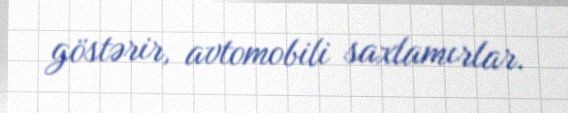
göstərir, avtomobili saxlamırlar.